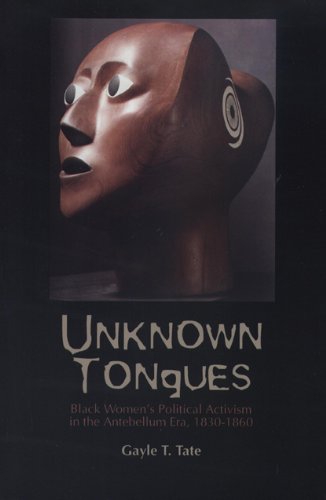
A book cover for Unknown Tongues: Black Women's Political Activism in the Antebellum Era, 1830-1860 (Black American and Diasporic Studies); Gayle T. Tate; Gay & Lesbian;